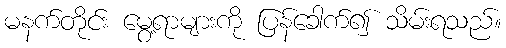
မနက်တိုင်း မွေ့ရာများကို ပြန်ခေါက်၍ သိမ်းရသည်။